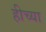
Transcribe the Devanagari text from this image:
हीच्या